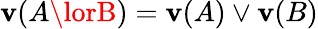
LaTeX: \mathbf{v}(A\lorB)=\mathbf{v}(A)\lor\mathbf{v}(B)